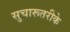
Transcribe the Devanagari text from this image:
सुचारूतरीके